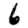
Digit: 6